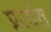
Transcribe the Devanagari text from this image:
प्रत्‍यंत